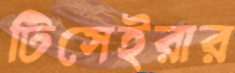
টিসেইরার